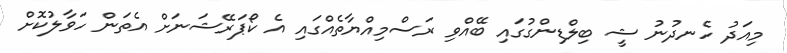
މިއަދު ހެނދުނު ޝީ ބިލްޑިންގުގައި ބޭއްވި ރަސްމިއްޔާތެއްގައި އެ ކޯޕަރޭޝަނަށް އެތަން ހަވާލުކޮށް